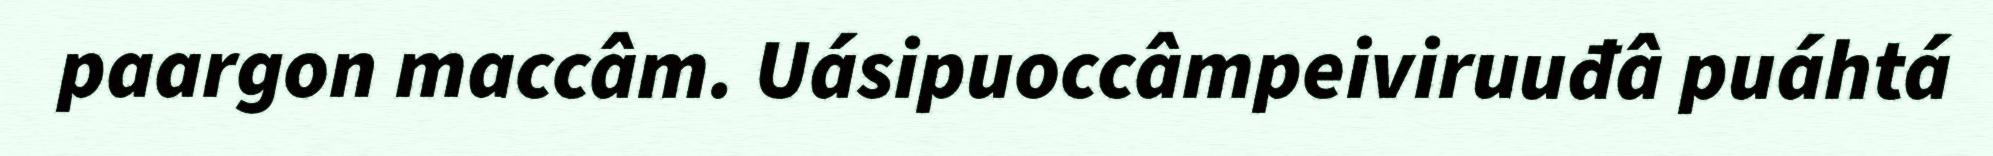
paargon maccâm. Uásipuoccâmpeiviruuđâ puáhtá